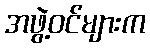
အဖွဲ့ဝင်များက